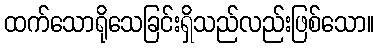
ထက်သောရိုသေခြင်းရှိသည်လည်းဖြစ်သော။